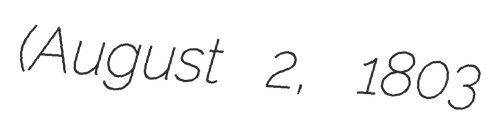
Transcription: (August 2, 1803